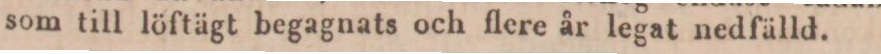
som till löftägt begagnats och flere år legat nedfälld.